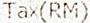
TAX(RM)